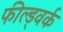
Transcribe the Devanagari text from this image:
फील्ड्वर्क